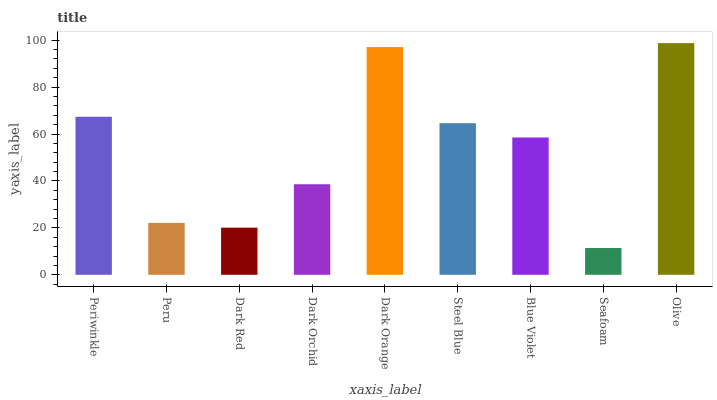
| xaxis_label | bars |
 | --- | --- |
 | Periwinkle | 67.4 |
 | Peru | 22.1 |
 | Dark Red | 20.1 |
 | Dark Orchid | 38.6 |
 | Dark Orange | 97.1 |
 | Steel Blue | 64.6 |
 | Blue Violet | 58.5 |
 | Seafoam | 11.4 |
 | Olive | 98.8 |